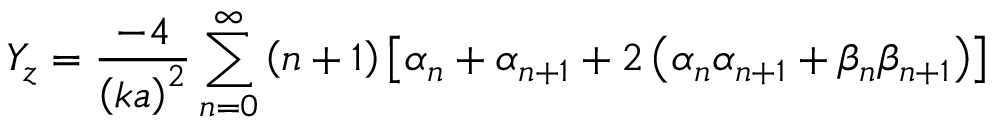
Y _ { z } = \frac { - 4 } { \left( k a \right) ^ { 2 } } \sum _ { n = 0 } ^ { \infty } \left( n + 1 \right) \left[ \alpha _ { n } + \alpha _ { n + 1 } + 2 \left( \alpha _ { n } \alpha _ { n + 1 } + \beta _ { n } \beta _ { n + 1 } \right) \right]